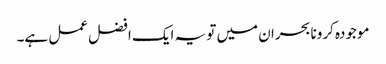
موجودہ کرونا بحران میں تو یہ ایک افضل عمل ہے۔